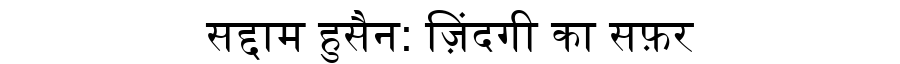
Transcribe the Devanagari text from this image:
सद्दाम हुसैन: ज़िंदगी का सफ़र